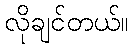
လိုချင်တယ်။